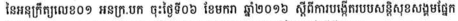
នៃអនុក្រឹត្យលេខ០១ អនក្រ.បក ចុះថ្ងៃទី០៦ ខែមករា ឆ្នាំ២០១៦ ស្តីពីការបង្កើតរបបសន្តិសុខសង្គមផ្នែក